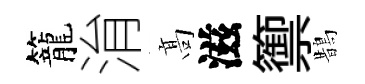
籠㳙髙滋籞鵲